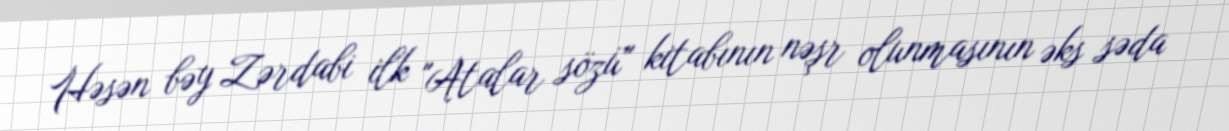
Həsən bəy Zərdabi ilk "Atalar sözü" kitabının nəşr olunmasının əks səda